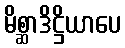
မိစ္ဆာဒိဋ္ဌိယာပေ